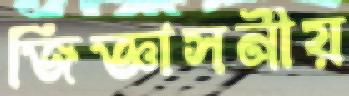
জিজ্ঞাসনীয়